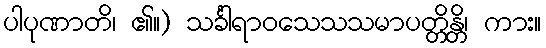
ပါပုဏာတိ၊ ၏။) သင်္ခါရာဝသေသသမာပတ္တိန္တိ၊ ကား။